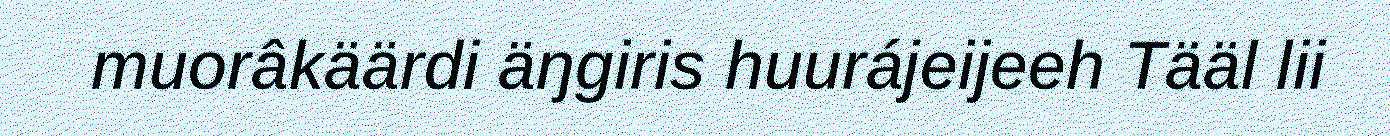
muorâkäärdi äŋgiris huurájeijeeh Tääl lii